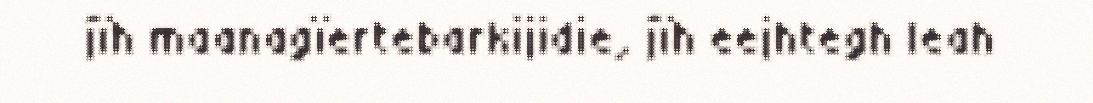
jïh maanagïertebarkijidie, jïh eejhtegh leah